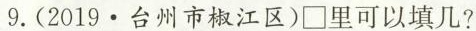
9.(2019·台州市椒江区)□里可以填几?